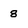
Character: 8